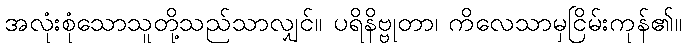
အလုံးစုံသောသူတို့သည်သာလျှင်။ ပရိနိဗ္ဗုတာ၊ ကိလေသာမှငြိမ်းကုန်၏။